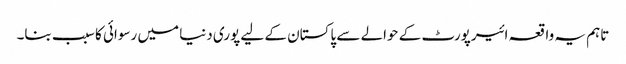
تاہم یہ واقعہ ائیرپورٹ کے حوالے سے پاکستان کے لیے پوری دنیا میں رسوائی کا سبب بنا۔